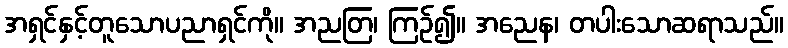
အရှင်နှင့်တူသောပညာရှင်ကို။ အညတြ၊ ကြဉ်၍။ အညေန၊ တပါးသောဆရာသည်။